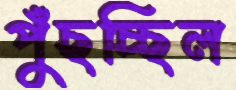
পুঁছচ্ছিল